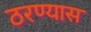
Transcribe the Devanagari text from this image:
ठरण्यास